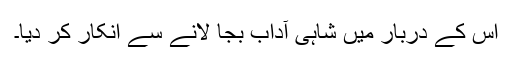
اس کے دربار میں شاہی آداب بجا لانے سے انکار کر دیا۔